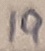
Text: 19